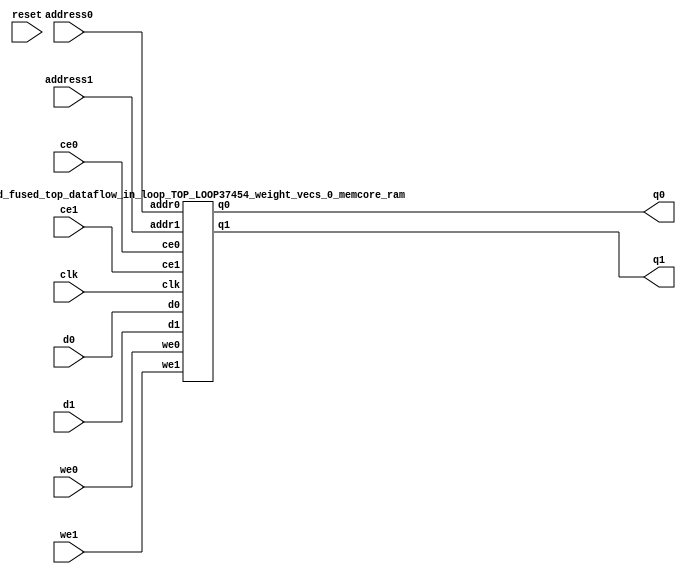
`define EXPONENT 5
`define MANTISSA 10
`define ACTUAL_MANTISSA 11
`define EXPONENT_LSB 10
`define EXPONENT_MSB 14
`define MANTISSA_LSB 0
`define MANTISSA_MSB 9
`define MANTISSA_MUL_SPLIT_LSB 3
`define MANTISSA_MUL_SPLIT_MSB 9
`define SIGN 1
`define SIGN_LOC 15
`define DWIDTH (`SIGN+`EXPONENT+`MANTISSA)
`define IEEE_COMPLIANCE 1

module td_fused_top_dataflow_in_loop_TOP_LOOP37454_weight_vecs_0_memcore(
    reset,
    clk,
    address0,
    ce0,
    we0,
    d0,
    q0,
    address1,
    ce1,
    we1,
    d1,
    q1);

parameter DataWidth = 32'd16;
parameter AddressRange = 32'd576;
parameter AddressWidth = 32'd10;
input reset;
input clk;
input[AddressWidth - 1:0] address0;
input ce0;
input we0;
input[DataWidth - 1:0] d0;
output[DataWidth - 1:0] q0;
input[AddressWidth - 1:0] address1;
input ce1;
input we1;
input[DataWidth - 1:0] d1;
output[DataWidth - 1:0] q1;



td_fused_top_dataflow_in_loop_TOP_LOOP37454_weight_vecs_0_memcore_ram td_fused_top_dataflow_in_loop_TOP_LOOP37454_weight_vecs_0_memcore_ram_U(
    .clk( clk ),
    .addr0( address0 ),
    .ce0( ce0 ),
    .we0( we0 ),
    .d0( d0 ),
    .q0( q0 ),
    .addr1( address1 ),
    .ce1( ce1 ),
    .we1( we1 ),
    .d1( d1 ),
    .q1( q1 )
);

endmodule
module td_fused_top_dataflow_in_loop_TOP_LOOP37454_weight_vecs_0_memcore_ram (addr0, ce0, d0, we0, q0, addr1, ce1, d1, we1, q1,  clk);

parameter DWIDTH = 16;
parameter AWIDTH = 10;
parameter MEM_SIZE = 576;

input[AWIDTH-1:0] addr0;
input ce0;
input[DWIDTH-1:0] d0;
input we0;
output reg[DWIDTH-1:0] q0;
input[AWIDTH-1:0] addr1;
input ce1;
input[DWIDTH-1:0] d1;
input we1;
output reg[DWIDTH-1:0] q1;
input clk;

reg [DWIDTH-1:0] ram[MEM_SIZE-1:0];




always @(posedge clk)  
begin 
    if (ce0) begin
        if (we0) 
            ram[addr0] <= d0; 
        q0 <= ram[addr0];
    end
end


always @(posedge clk)  
begin 
    if (ce1) begin
        if (we1) 
            ram[addr1] <= d1; 
        q1 <= ram[addr1];
    end
end


endmodule